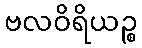
ဗလဝိရိယဉ္စ